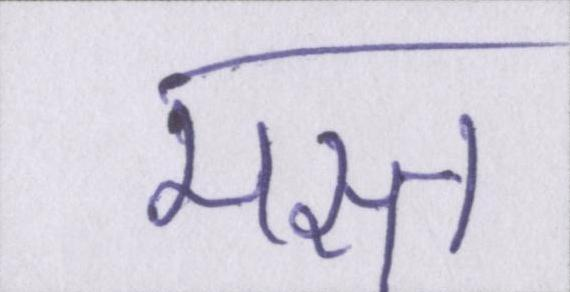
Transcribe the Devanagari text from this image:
मस्त